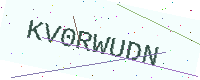
Text: KV0RWUDN